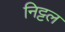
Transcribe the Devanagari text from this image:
निट्टल